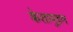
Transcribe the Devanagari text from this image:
केसामुद्रम